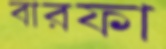
বারফা